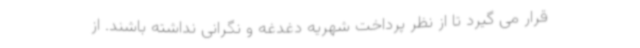
قرار می گیرد تا از نظر پرداخت شهریه دغدغه و نگرانی نداشته باشند. از